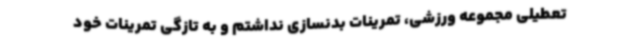
تعطیلی مجموعه ورزشی، تمرینات بدنسازی نداشتم و به تازگی تمرینات خود